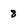
Character: 8